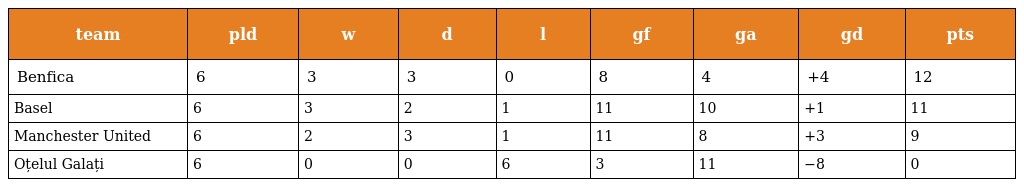
| team | pld | w | d | l | gf | ga | gd | pts |
 | --- | --- | --- | --- | --- | --- | --- | --- | --- |
 | Benfica | 6 | 3 | 3 | 0 | 8 | 4 | +4 | 12 |
 | Basel | 6 | 3 | 2 | 1 | 11 | 10 | +1 | 11 |
 | Manchester United | 6 | 2 | 3 | 1 | 11 | 8 | +3 | 9 |
 | Oțelul Galați | 6 | 0 | 0 | 6 | 3 | 11 | −8 | 0 |